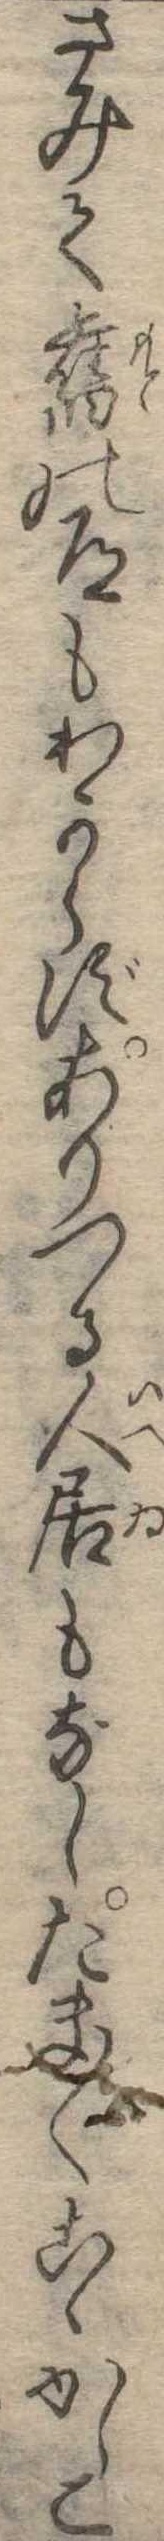
さみて旧の道もわからずありつる人居もなしたま〱こゝかしこ